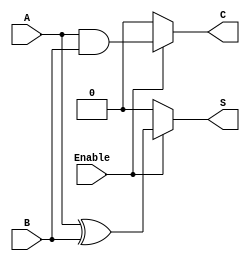
module Conditional_Half_Adder (
    input wire A,        // First input bit
    input wire B,        // Second input bit
    input wire Enable,   // Control signal
    output wire S,       // Sum output
    output wire C        // Carry output
);

    // Combinational logic to compute Sum and Carry based on Enable signal
    assign S = Enable ? (A ^ B) : 1'b0;  // Sum is A XOR B when Enable is 1, otherwise 0
    assign C = Enable ? (A & B) : 1'b0;  // Carry is A AND B when Enable is 1, otherwise 0

endmodule